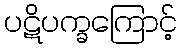
ပဋိပက္ခကြောင့်